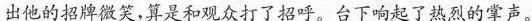
出他的招牌微笑，算是和观众打了招呼。台下响起了热烈的掌声。